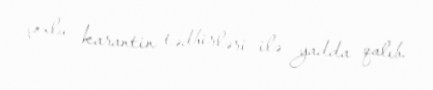
çoxlu karantin tədbirləri ilə yadda qalıb.